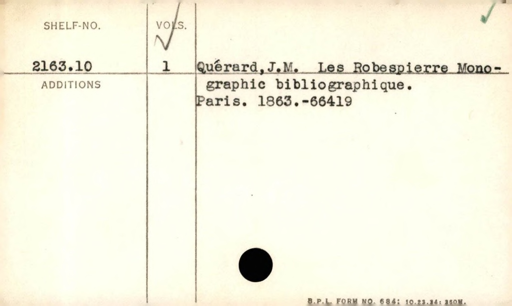
Label: content